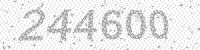
Solution: 244600